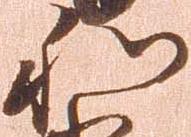
和